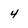
Character: 4